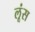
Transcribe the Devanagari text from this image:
लूंस